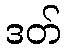
ဒတ်